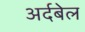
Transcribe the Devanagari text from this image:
अर्दबेल